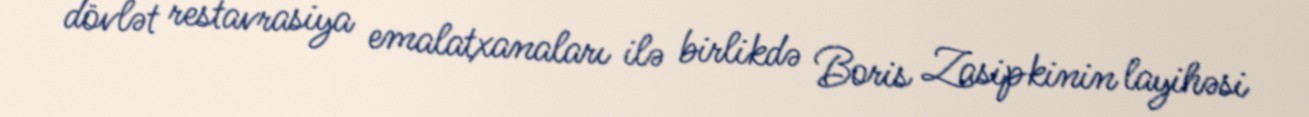
dövlət restavrasiya emalatxanaları ilə birlikdə Boris Zasipkinin layihəsi